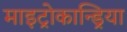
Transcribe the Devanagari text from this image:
माइट्रोकान्ड्रिया